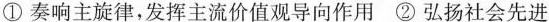
① 奏响主旋律，发挥主流价值观导向作用 ② 弘扬社会先进